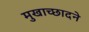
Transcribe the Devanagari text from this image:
मुखाच्छादने